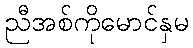
ညီအစ်ကိုမောင်နှမ